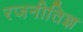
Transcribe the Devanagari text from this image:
रजनीतिज्ञ